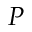
P